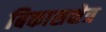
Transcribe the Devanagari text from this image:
बिकासक्षेत्र